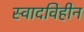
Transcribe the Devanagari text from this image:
स्वादविहीन